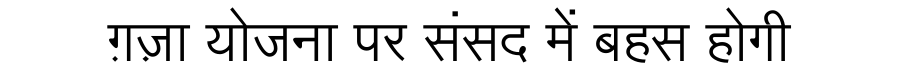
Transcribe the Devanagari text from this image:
ग़ज़ा योजना पर संसद में बहस होगी